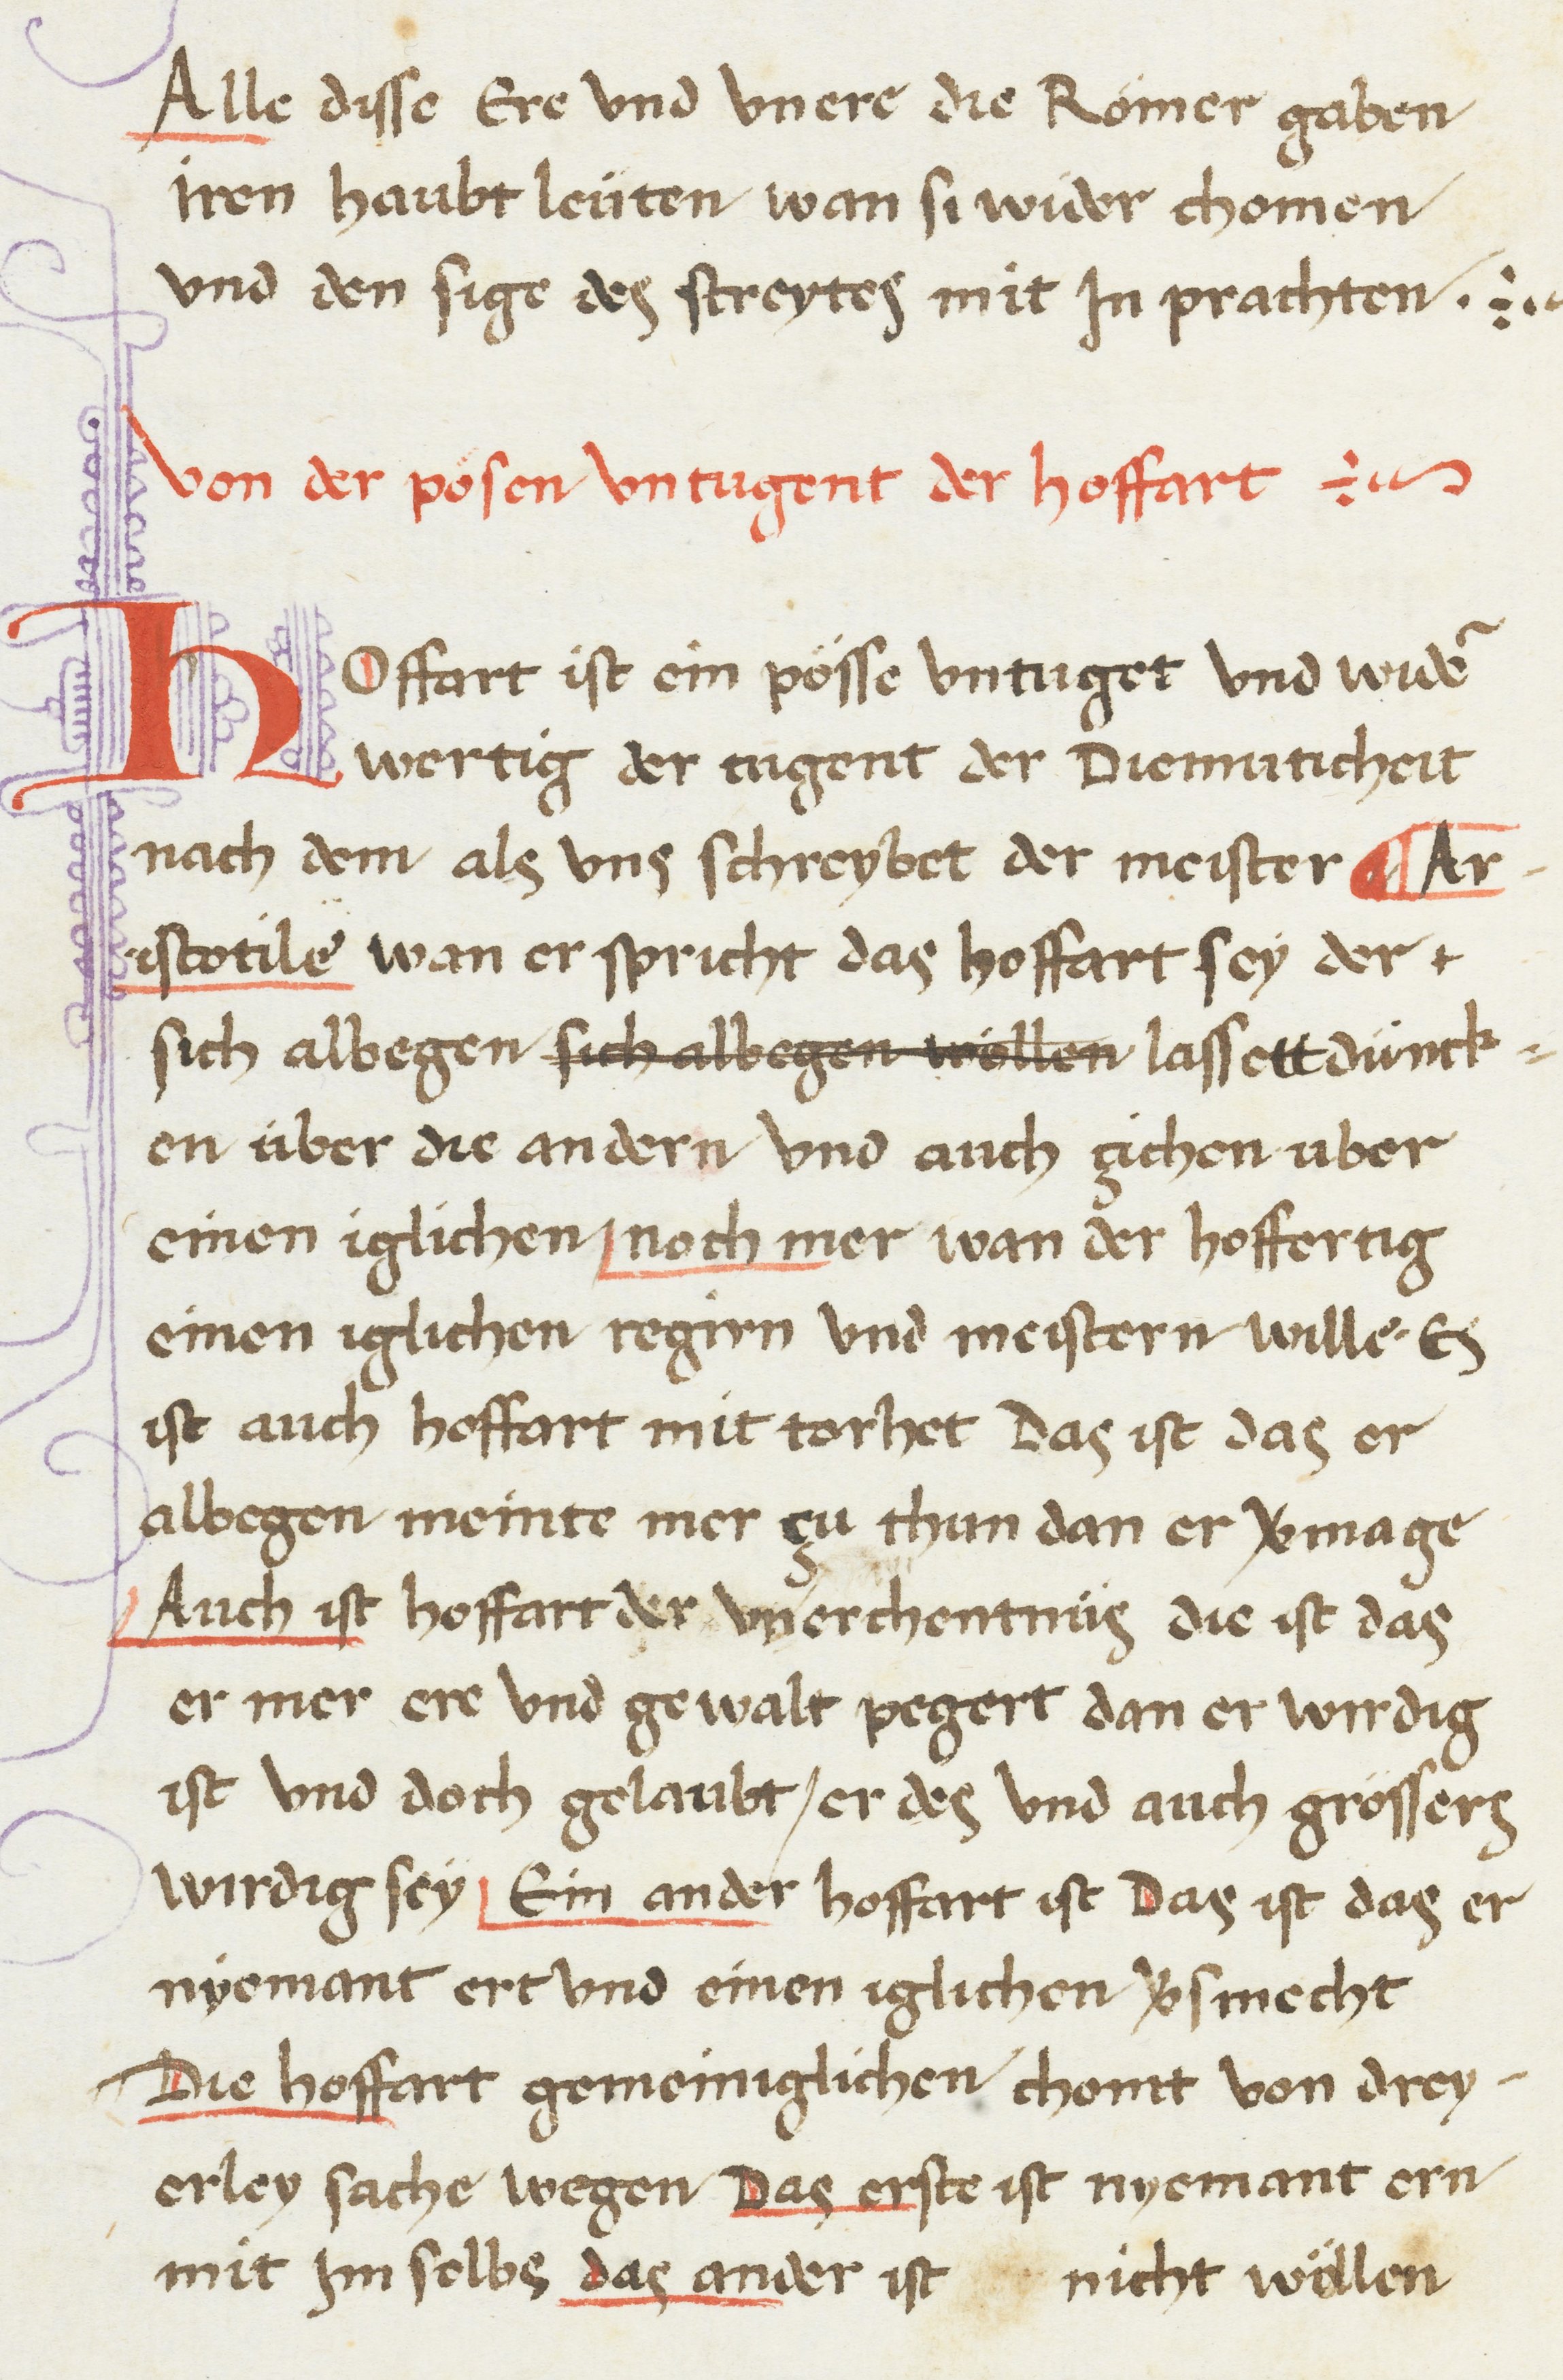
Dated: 1468–1468